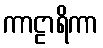
ကာဠာရိကာ